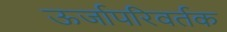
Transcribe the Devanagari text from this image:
ऊर्जापरिवर्तक